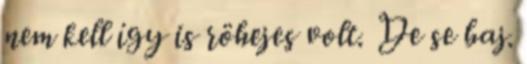
nem kell így is röhejes volt. De se baj.